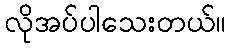
လိုအပ်ပါသေးတယ်။